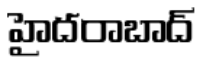
హైదరాబాద్